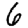
Digit: 6